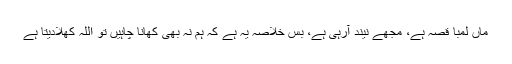
ماں لمبا قصہ ہے، مجھے نیند آرہی ہے، بس خلاصہ یہ ہے کہ ہم نہ بھی کھانا چاہیں تو اللہ کھلادیتا ہے